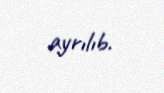
ayrılıb.